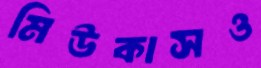
মিউকাসও